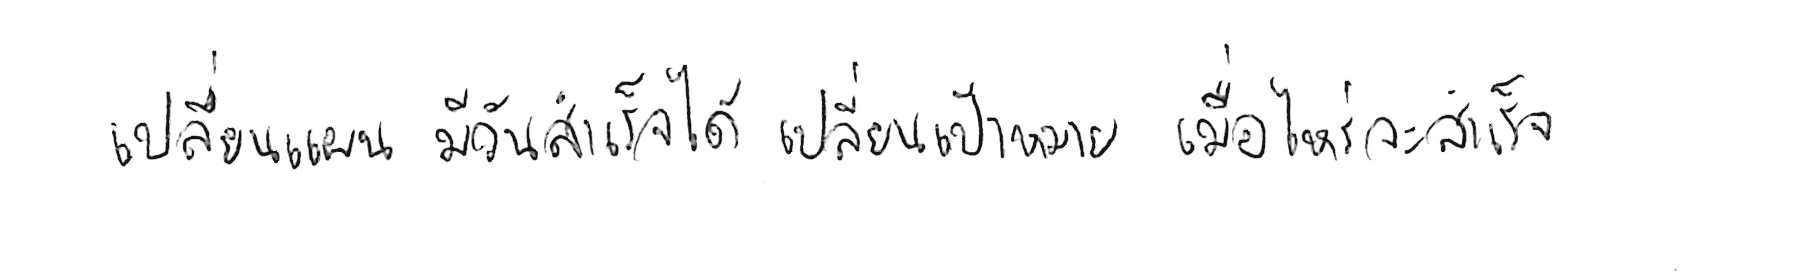
เปลี่ยนแผน มีวันสำเร็จได้ เปลี่ยนเป้าหมาย เมื่อไหร่จะสำเร็จ